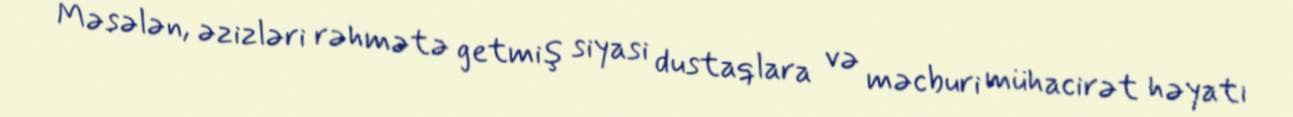
Məsələn, əzizləri rəhmətə getmiş siyasi dustaqlara və məcburi mühacirət həyatı